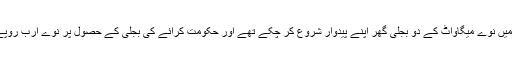
اس وقت تک پاکستان میں نوے میگاواٹ کے دو بجلی گھر اپنے پیدوار شروع کر چکے تھے اور حکومت کرائے کی بجلی کے حصول پر نوے ارب روپے خرچ کر چکی تھی۔